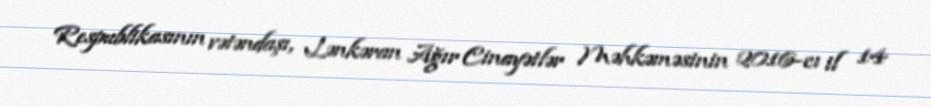
Respublikasının vətəndaşı, Lənkəran Ağır Cinayətlər Məhkəməsinin 2016-cı il 14